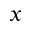
x